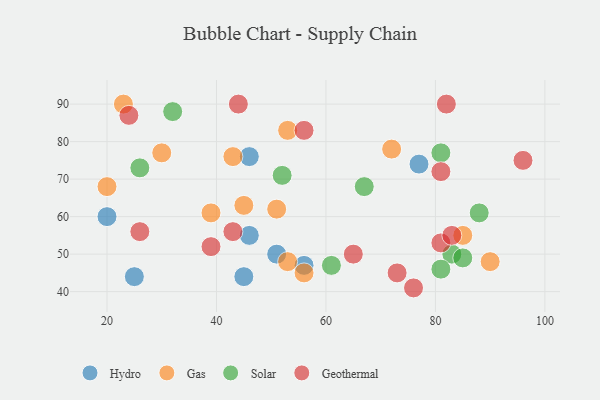
{"axis": {"x": "GDP", "y": "Life Expectancy"}, "legend": ["Gas", "Geothermal", "Hydro", "Solar"], "data": [{"x": "77", "y": 74, "type": "Hydro"}, {"x": "25", "y": 44, "type": "Hydro"}, {"x": "56", "y": 47, "type": "Hydro"}, {"x": "51", "y": 50, "type": "Hydro"}, {"x": "46", "y": 55, "type": "Hydro"}, {"x": "45", "y": 44, "type": "Hydro"}, {"x": "20", "y": 60, "type": "Hydro"}, {"x": "46", "y": 76, "type": "Hydro"}, {"x": "53", "y": 48, "type": "Gas"}, {"x": "72", "y": 78, "type": "Gas"}, {"x": "56", "y": 45, "type": "Gas"}, {"x": "20", "y": 68, "type": "Gas"}, {"x": "39", "y": 61, "type": "Gas"}, {"x": "30", "y": 77, "type": "Gas"}, {"x": "45", "y": 63, "type": "Gas"}, {"x": "51", "y": 62, "type": "Gas"}, {"x": "53", "y": 83, "type": "Gas"}, {"x": "90", "y": 48, "type": "Gas"}, {"x": "85", "y": 55, "type": "Gas"}, {"x": "23", "y": 90, "type": "Gas"}, {"x": "43", "y": 76, "type": "Gas"}, {"x": "83", "y": 50, "type": "Solar"}, {"x": "81", "y": 46, "type": "Solar"}, {"x": "52", "y": 71, "type": "Solar"}, {"x": "88", "y": 61, "type": "Solar"}, {"x": "32", "y": 88, "type": "Solar"}, {"x": "85", "y": 49, "type": "Solar"}, {"x": "81", "y": 77, "type": "Solar"}, {"x": "26", "y": 73, "type": "Solar"}, {"x": "67", "y": 68, "type": "Solar"}, {"x": "61", "y": 47, "type": "Solar"}, {"x": "73", "y": 45, "type": "Geothermal"}, {"x": "56", "y": 83, "type": "Geothermal"}, {"x": "26", "y": 56, "type": "Geothermal"}, {"x": "39", "y": 52, "type": "Geothermal"}, {"x": "96", "y": 75, "type": "Geothermal"}, {"x": "81", "y": 72, "type": "Geothermal"}, {"x": "65", "y": 50, "type": "Geothermal"}, {"x": "76", "y": 41, "type": "Geothermal"}, {"x": "81", "y": 53, "type": "Geothermal"}, {"x": "82", "y": 90, "type": "Geothermal"}, {"x": "83", "y": 55, "type": "Geothermal"}, {"x": "24", "y": 87, "type": "Geothermal"}, {"x": "43", "y": 56, "type": "Geothermal"}, {"x": "44", "y": 90, "type": "Geothermal"}]}